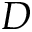
D